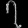
Digit: ၇